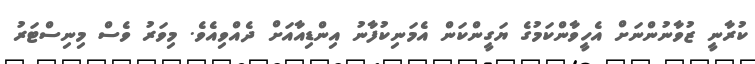
ކުރާނީ ޒުވާނުންނަށް އެހީވާންކަމުގެ ޔަގީންކަން އެމަނިކުފާނު އިންޑިއާއަށް ދެއްވިއެވެ. މިވަރު ވެސް މިނިސްޓަރު